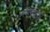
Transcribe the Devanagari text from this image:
अपोसट्रोफी